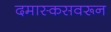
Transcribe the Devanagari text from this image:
दमास्कसवरून